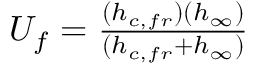
\begin{array} { r } { U _ { f } = \frac { ( h _ { c , f r } ) ( h _ { \infty } ) } { ( h _ { c , f r } + h _ { \infty } ) } } \end{array}